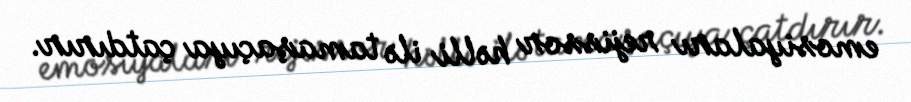
emosiyaları rejissor həlli ilə tamaşaçıya çatdırır.